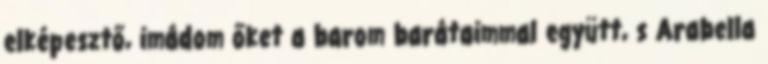
elképesztő, imádom őket a barom barátaimmal együtt, s Arabella